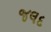
જલદ